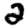
Digit: 2